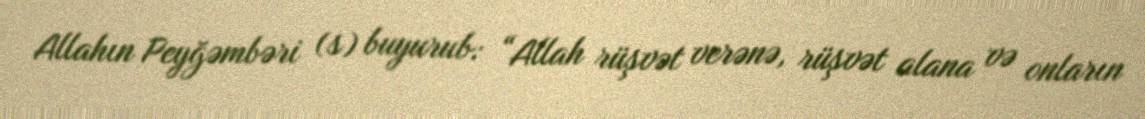
Allahın Peyğəmbəri (s) buyurub: “Allah rüşvət verənə, rüşvət alana və onların